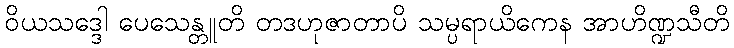
ဝိယသဒ္ဒေါ ပေသေန္တူတိ တဒဟုဇာတာပိ သမ္ပရာယိကေန အာဟိဏ္ဍသီတိ